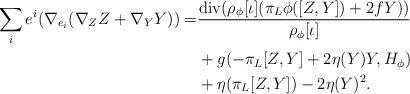
LaTeX: \begin{align*} \sum_{i} e^{i}(\nabla_{e_{i}}(\nabla_{Z} Z + \nabla_{Y} Y))=& \frac{{\rm div}(\rho_{\phi}[\iota] (\pi_{L} \phi ([Z, Y]) + 2 f Y))}{\rho_{\phi}[\iota]}\\&+g(- \pi_{L} [Z, Y] + 2 \eta (Y) Y, H_{\phi}) \\&+ \eta (\pi_{L} [Z, Y]) -2 \eta (Y)^{2}.\end{align*}